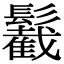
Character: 䰏